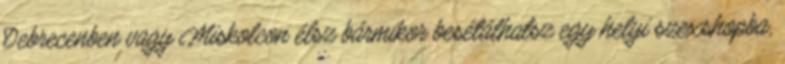
Debrecenben vagy Miskolcon élsz bármikor besétálhatsz egy helyi szexshopba,